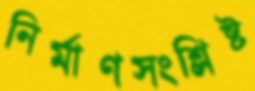
নির্মাণসংশ্লিষ্ট